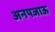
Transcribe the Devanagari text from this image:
अनपजाऊ